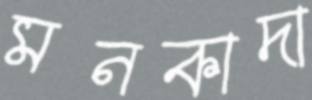
মনকাদা